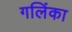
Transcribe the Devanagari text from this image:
गलिंका